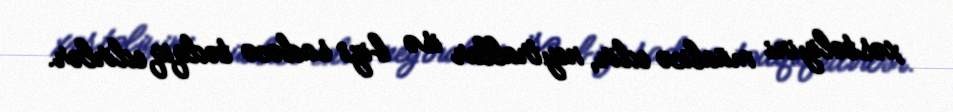
xəstəliyini müalicə edir, neytrallar isə bizi sadəcə tədqiq edirlər.